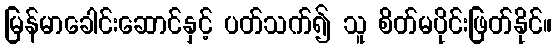
မြန်မာခေါင်းဆောင်နှင့် ပတ်သက်၍ သူ စိတ်မပိုင်းဖြတ်နိုင်။